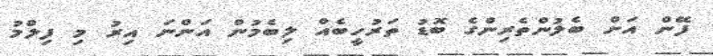
ފޭން އަށް ބެލުންތެރިންގެ ބޮޑު ތަރުހީބެއް ލިބެމުން އަންނަ އިރު މި ފިލްމު